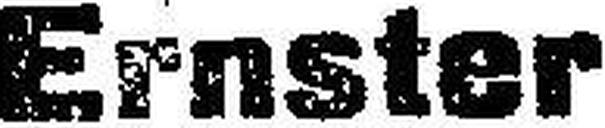
Ernster